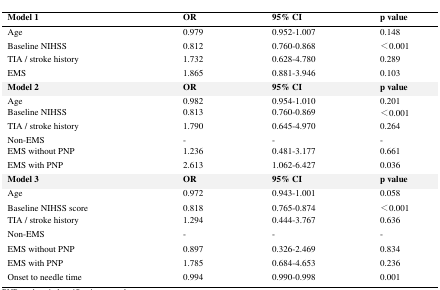
| Model 1 | OR | 95% CI | p value |
 | --- | --- | --- | --- |
 | Age | 0.979 | 0.952-1.007 | 0.148 |
 | Baseline NIHSS | 0.812 | 0.760-0.868 | <0.001 |
 | TIA / stroke history | 1.732 | 0.628-4.780 | 0.289 |
 | EMS | 1.865 | 0.881-3.946 | 0.103 |
 | Model 2 | OR | 95% CI | p value |
 | Age | 0.982 | 0.954-1.010 | 0.201 |
 | Baseline NIHSS | 0.813 | 0.760-0.869 | <0.001 |
 | TIA / stroke history | 1.790 | 0.645-4.970 | 0.264 |
 | Non-EMS | - | - | - |
 | EMS without PNP | 1.236 | 0.481-3.177 | 0.661 |
 | EMS with PNP | 2.613 | 1.062-6.427 | 0.036 |
 | Model 3 | OR | 95% CI | p value |
 | Age | 0.972 | 0.943-1.001 | 0.058 |
 | Baseline NIHSS score | 0.818 | 0.765-0.874 | <0.001 |
 | TIA / stroke history | 1.294 | 0.444-3.767 | 0.636 |
 | Non-EMS | - | - | - |
 | EMS without PNP | 0.897 | 0.326-2.469 | 0.834 |
 | EMS with PNP | 1.785 | 0.684-4.653 | 0.236 |
 | Onset to needle time | 0.994 | 0.990-0.998 | 0.001 |